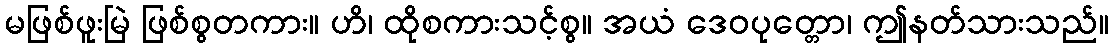
မဖြစ်ဖူးမြဲ ဖြစ်စွတကား။ ဟိ၊ ထိုစကားသင့်စွ။ အယံ ဒေဝပုတ္တော၊ ဤနတ်သားသည်။